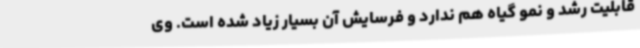
قابلیت رشد و نمو گیاه هم ندارد و فرسایش آن بسیار زیاد شده است. وی